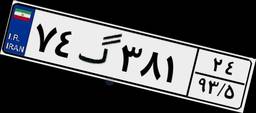
۶۸گ۲۳۹۲۹